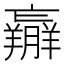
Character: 𦏝